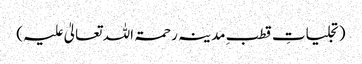
(تجلیاتِ قطبِ مدینہ رحمۃ اللہ تعالیٰ علیہ)